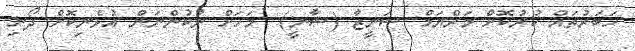
ހަބަރުތައް ކުރުކޮށް މަރްޔަމް ޝަނީޒާ (ޝާނީ)  މަހަށް ނުކުންނަން އުޅެނިކޮށް ދޯނި